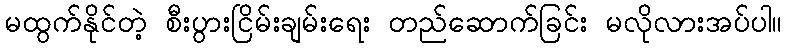
မထွက်နိုင်တဲ့ စီးပွားငြိမ်းချမ်းရေး တည်ဆောက်ခြင်း မလိုလားအပ်ပါ။